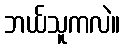
ဘယ်သူကလဲ။